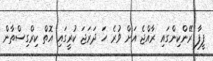
ފީފާ ރޭންކިންގައި ރާއްޖެ އަށް ވުރެ ހަ ދަރަޖަ ކުރީގައި އޮތް ކިރްގިސްތާން